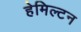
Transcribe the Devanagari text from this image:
हेमिल्‍टन